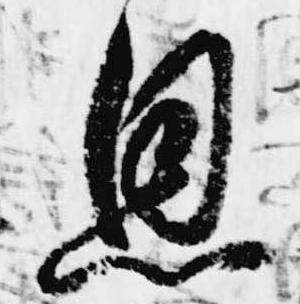
恩